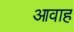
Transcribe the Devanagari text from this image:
आवाह